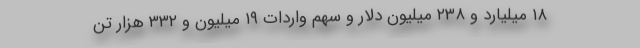
۱۸ میلیارد و ۲۳۸ میلیون دلار و سهم واردات ۱۹ میلیون و ۳۳۲ هزار تن